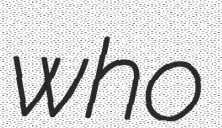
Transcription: who